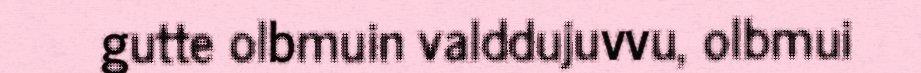
gutte olbmuin valddujuvvu, olbmui